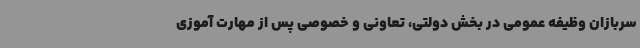
سربازان وظیفه عمومی در بخش دولتی، تعاونی و خصوصی پس از مهارت آموزی